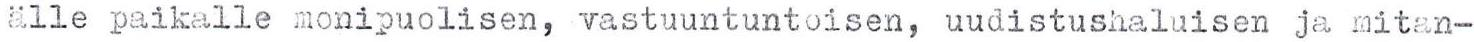
älle paikalle monipuolisen, vastuuntuntoisen, uudistushaluisen ja mitan-